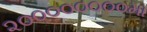
૨૦૦૦૦૦૦૦૦મા